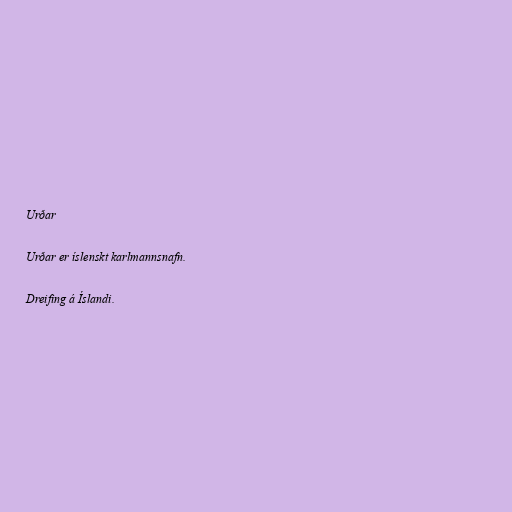
Urðar

Urðar er íslenskt karlmannsnafn.

Dreifing á Íslandi.